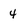
Character: 4